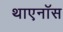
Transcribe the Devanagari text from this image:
थाएनॉस